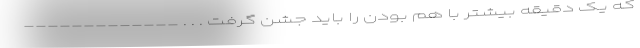
که یک دقیقه بیشتر با هم بودن را باید جشن گرفت . . . _____________